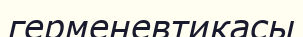
герменевтикасы